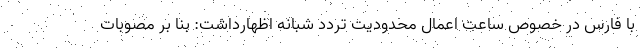
با فارس در خصوص ساعت اعمال محدودیت تردد شبانه اظهارداشت: بنا بر مصوبات